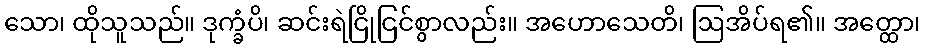
သော၊ ထိုသူသည်။ ဒုက္ခံပိ၊ ဆင်းရဲငြိုငြင်စွာလည်း။ အဟောသေတိ၊ ဩအိပ်ရ၏။ အတ္ထော၊